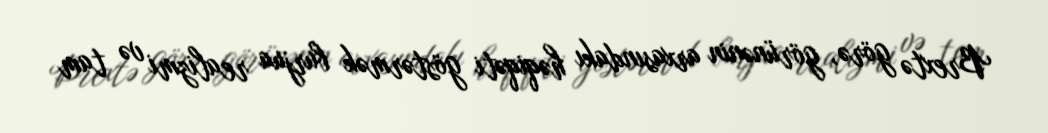
Brextə görə, görünənin arxasındakı həqiqəti göstərmək burjua realizmi və tam